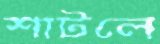
শাটলে